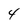
Character: 4